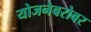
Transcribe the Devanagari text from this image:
योजनेबरोबर